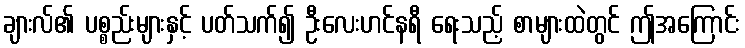
ချားလ်၏ ပစ္စည်းများနှင့် ပတ်သက်၍ ဦးလေးဟင်နရီ ရေးသည့် စာများထဲတွင် ဤအကြောင်း